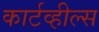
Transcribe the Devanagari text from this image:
कार्टव्हील्स